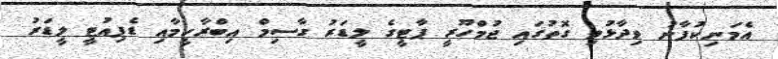
އެމަނިކުފާނު ވިދާޅުވި ގޮތުގައި ޖުމްހޫރީ ޕާޓީގެ ލީޑަރު ގާސިމް އިބްރާހީމާއި ޑެޕިއުޓީ ލީޑަރު